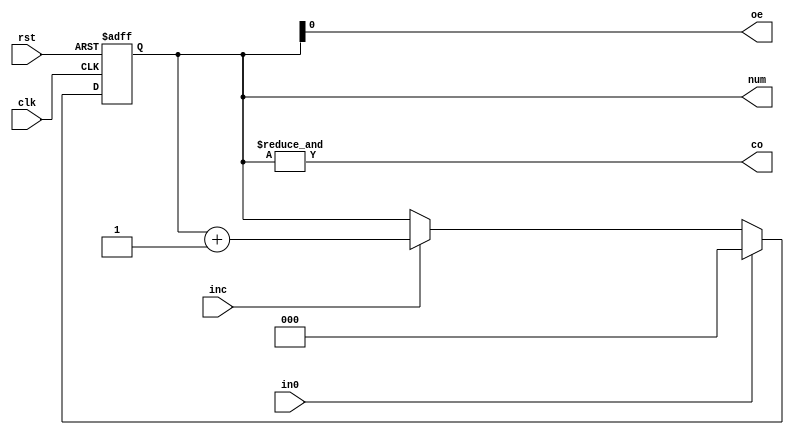
`timescale 1ns/1ns
module counter (input clk,rst,in0,inc,output reg[2:0]num,output co,oe);
always @(posedge clk,posedge rst)
if (rst) num<= 3'b0;
else if (in0) num <= 3'b0;
else if (inc) num <= num+1;
else num <= num;
assign co = &{num};
assign oe = num[0];
endmodule